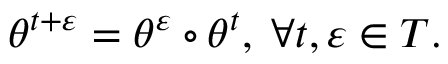
\begin{array} { r } { \theta ^ { t + \varepsilon } = \theta ^ { \varepsilon } \circ \theta ^ { t } , \; \forall t , \varepsilon \in T . } \end{array}